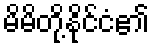
မိမိတို့နိုင်ငံ၏